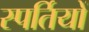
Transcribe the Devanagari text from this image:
स्पर्तियों